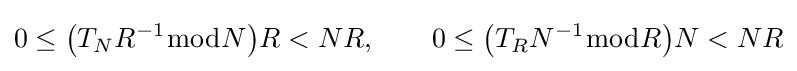
0\leq {\bigl (}T_{N}R^{-1}{\bmod {N}}{\bigr )}R<NR,\qquad 0\leq {\bigl (}T_{R}N^{-1}{\bmod {R}}{\bigr )}N<NR